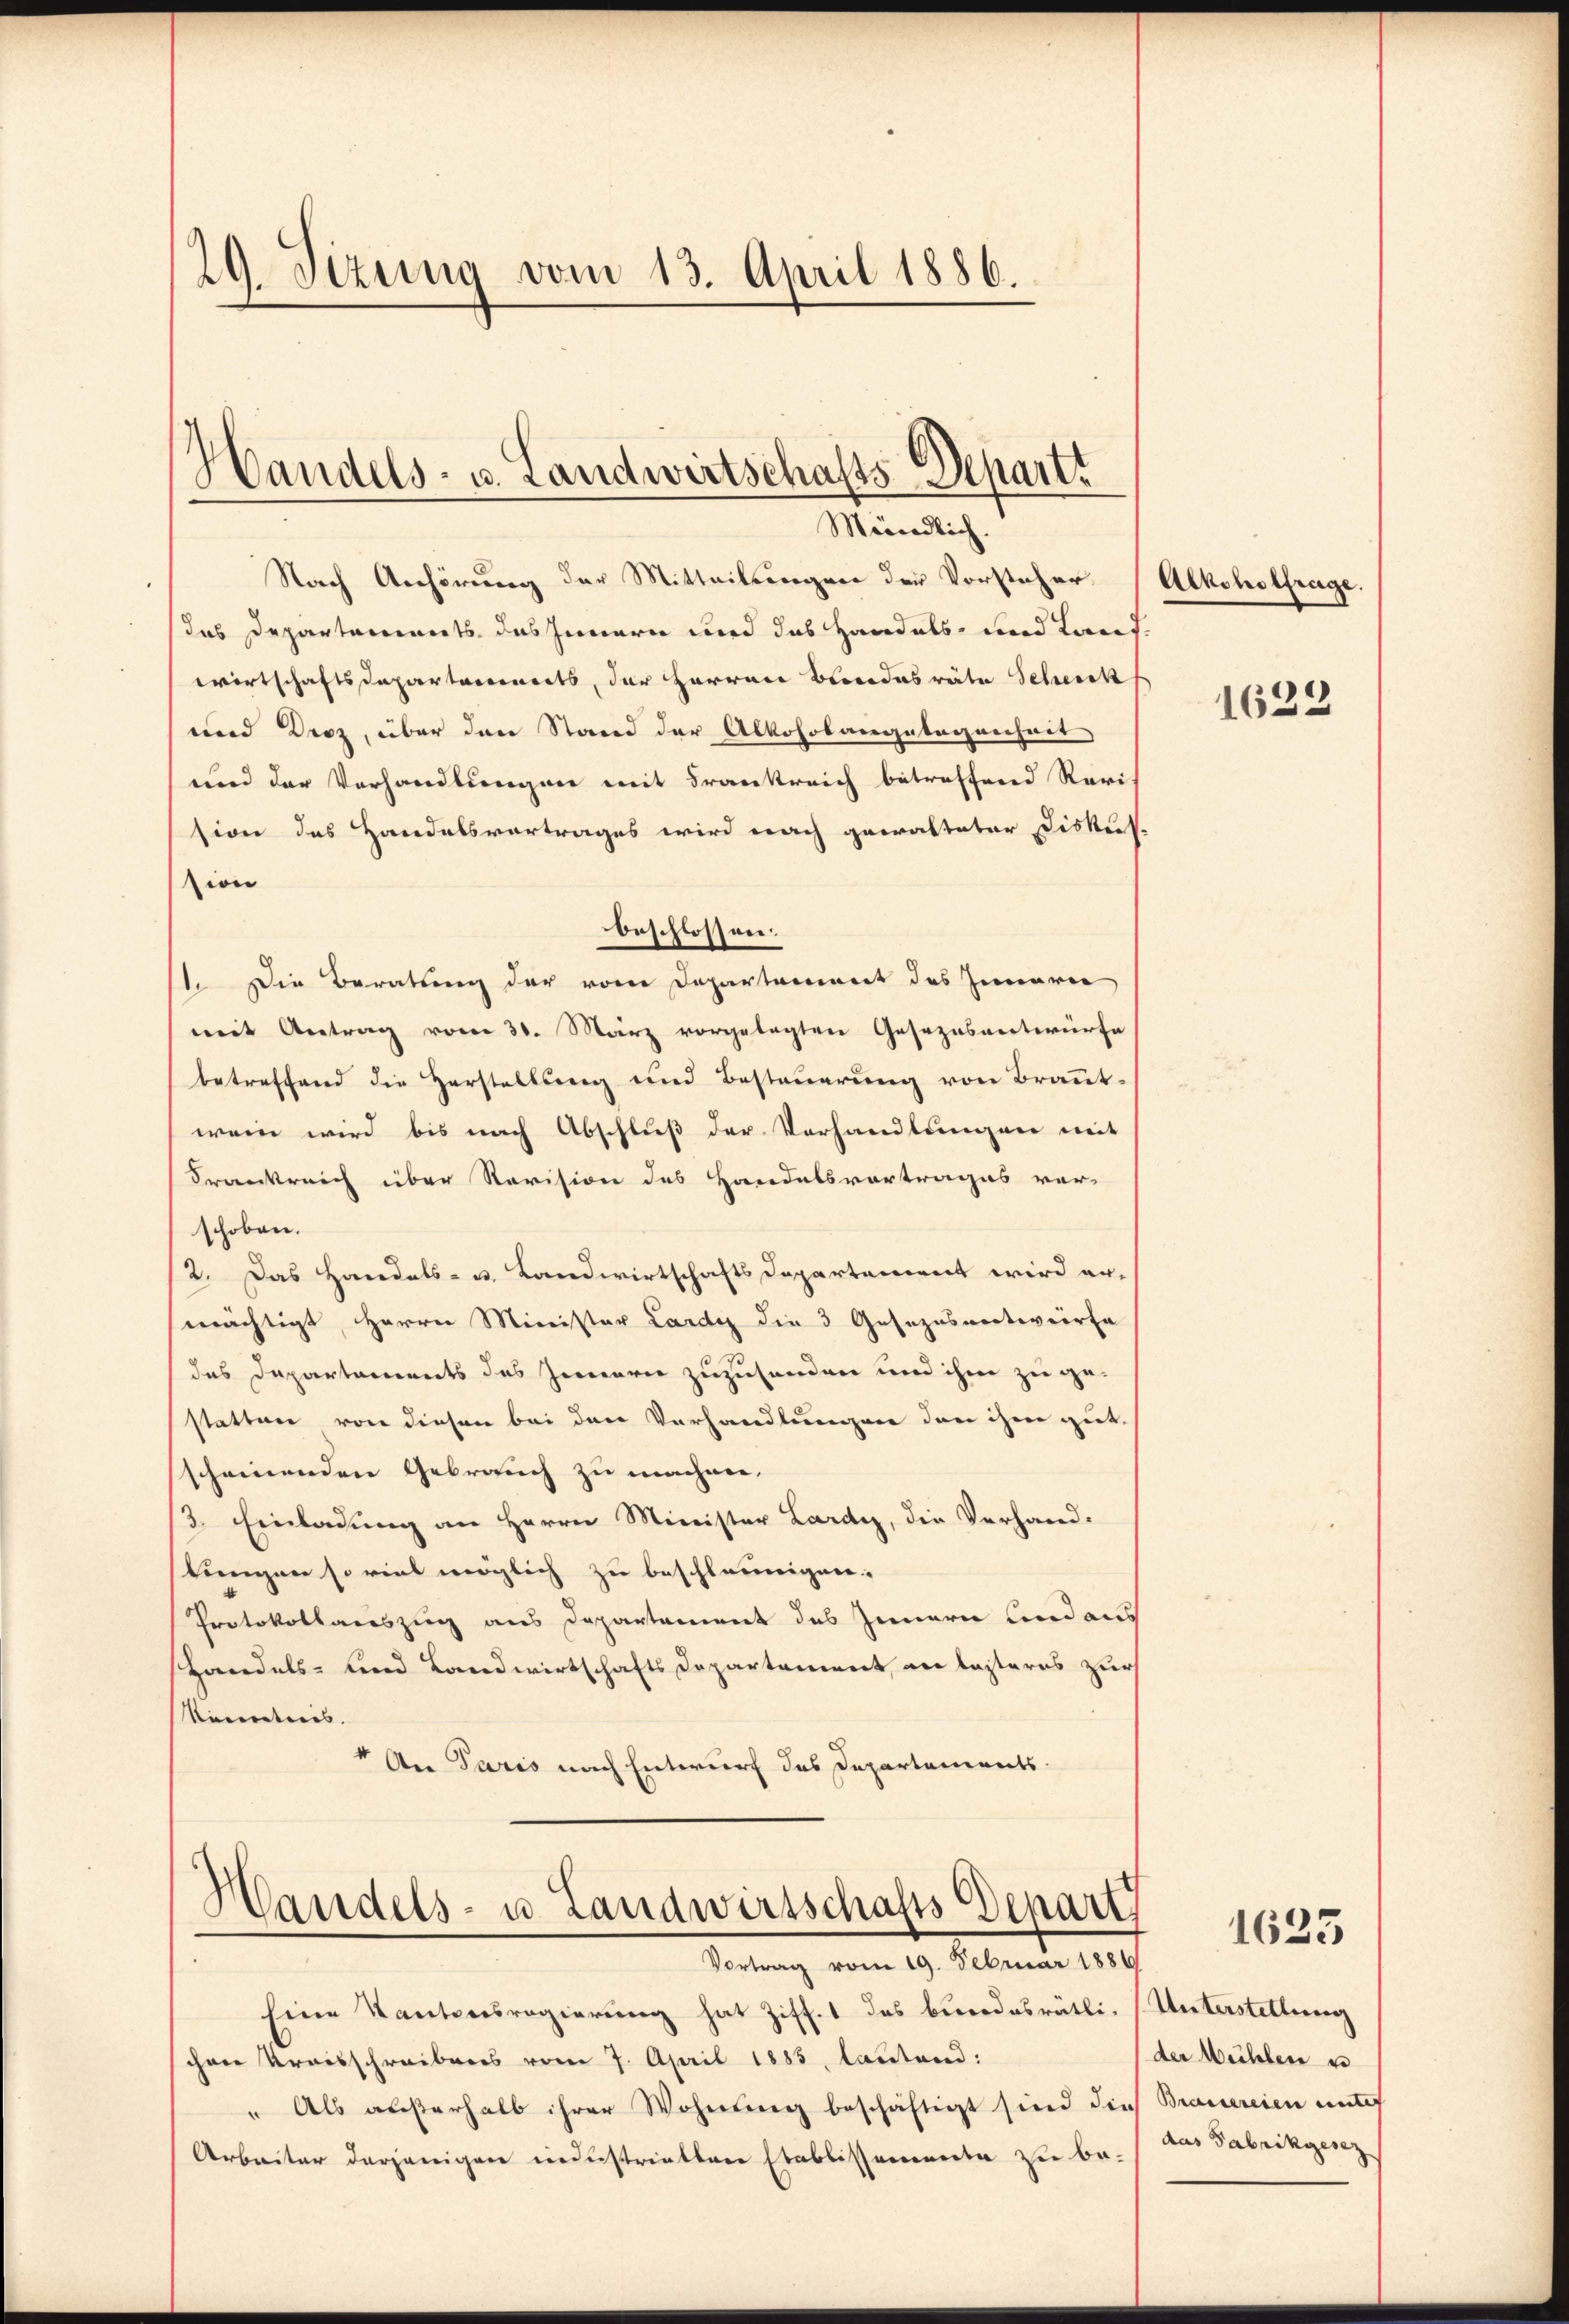
29. Vizung vom 13. April 1886.
Handels- u. Landwirtschafts-Depart.

Mündlich.

Nach Anhörung der Mitteilungen der Vorsteher
das Departaminerts das Innern wird das Handels- und Treues.
wirtschaftsdepartarinerts, der Herren Blondesräte Scheick
und Droz, über den Stand der Alkoholangelegenheit
und der Verhandlungen mit Frankreich betreffend Revis
sion des Handelsvortrages wird nach georalteter Diskus.
tion
beschlossen.
11. Die Beratung der vom Departement des Innerer
mit Antrag vom 31. März vorgelegten Gesezesentwürfe
betreffend die Herstellŭng und Besteŭerŭng von Braṅt-
wenn wird bis nach Abschluß der Vorhandlungen mit
Frankreich über Revision des Handelsvortrages ver-
schoben.
2. Das Handels- u. Landwirtschafts Departement wird er-
mächtigt, Herrn Minister Lardy die 3 Gesezesvertierfa
des Departements des Innern zuzusenden und ihm zu gestatten von diesen bei den Vorhandlungen den ihm gut-
scheinenden Gebrauch zu machen.
/3. Einladung an Herrn Minister Lardy, die Verhand-
tungen so viel möglich zu beschleunigen.
Protokollauszug aus Departement des Innern und aus
Handels- und Landwirtschafts Departement, die lasteres zur
Secretiers.
" An Paris nach Entwurf das Departements.

Handels- u. Landwirtschafts Depart
Vortrag vom 19. Februar 1884

Eine Kantonsregierung hat Ziff. 1 das bundesrätli-
chen Kraisschreibens vom 7. April 1883, lautend:
" Als außerhalb ihrer Wohnung beschäftigt sind die Brauereien unter
Arbeiter derjenigen industriellen Etablissemente zu be- Das Fabrikgesez

Alkoholfrage.

1622

1625

Unterstellung
der Mühlen u